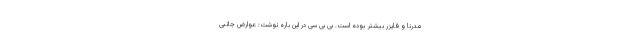
مدرنا و فایزر بیشتر بوده است. بی بی سی در این باره نوشت: عوارض جانبی